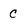
Character: C